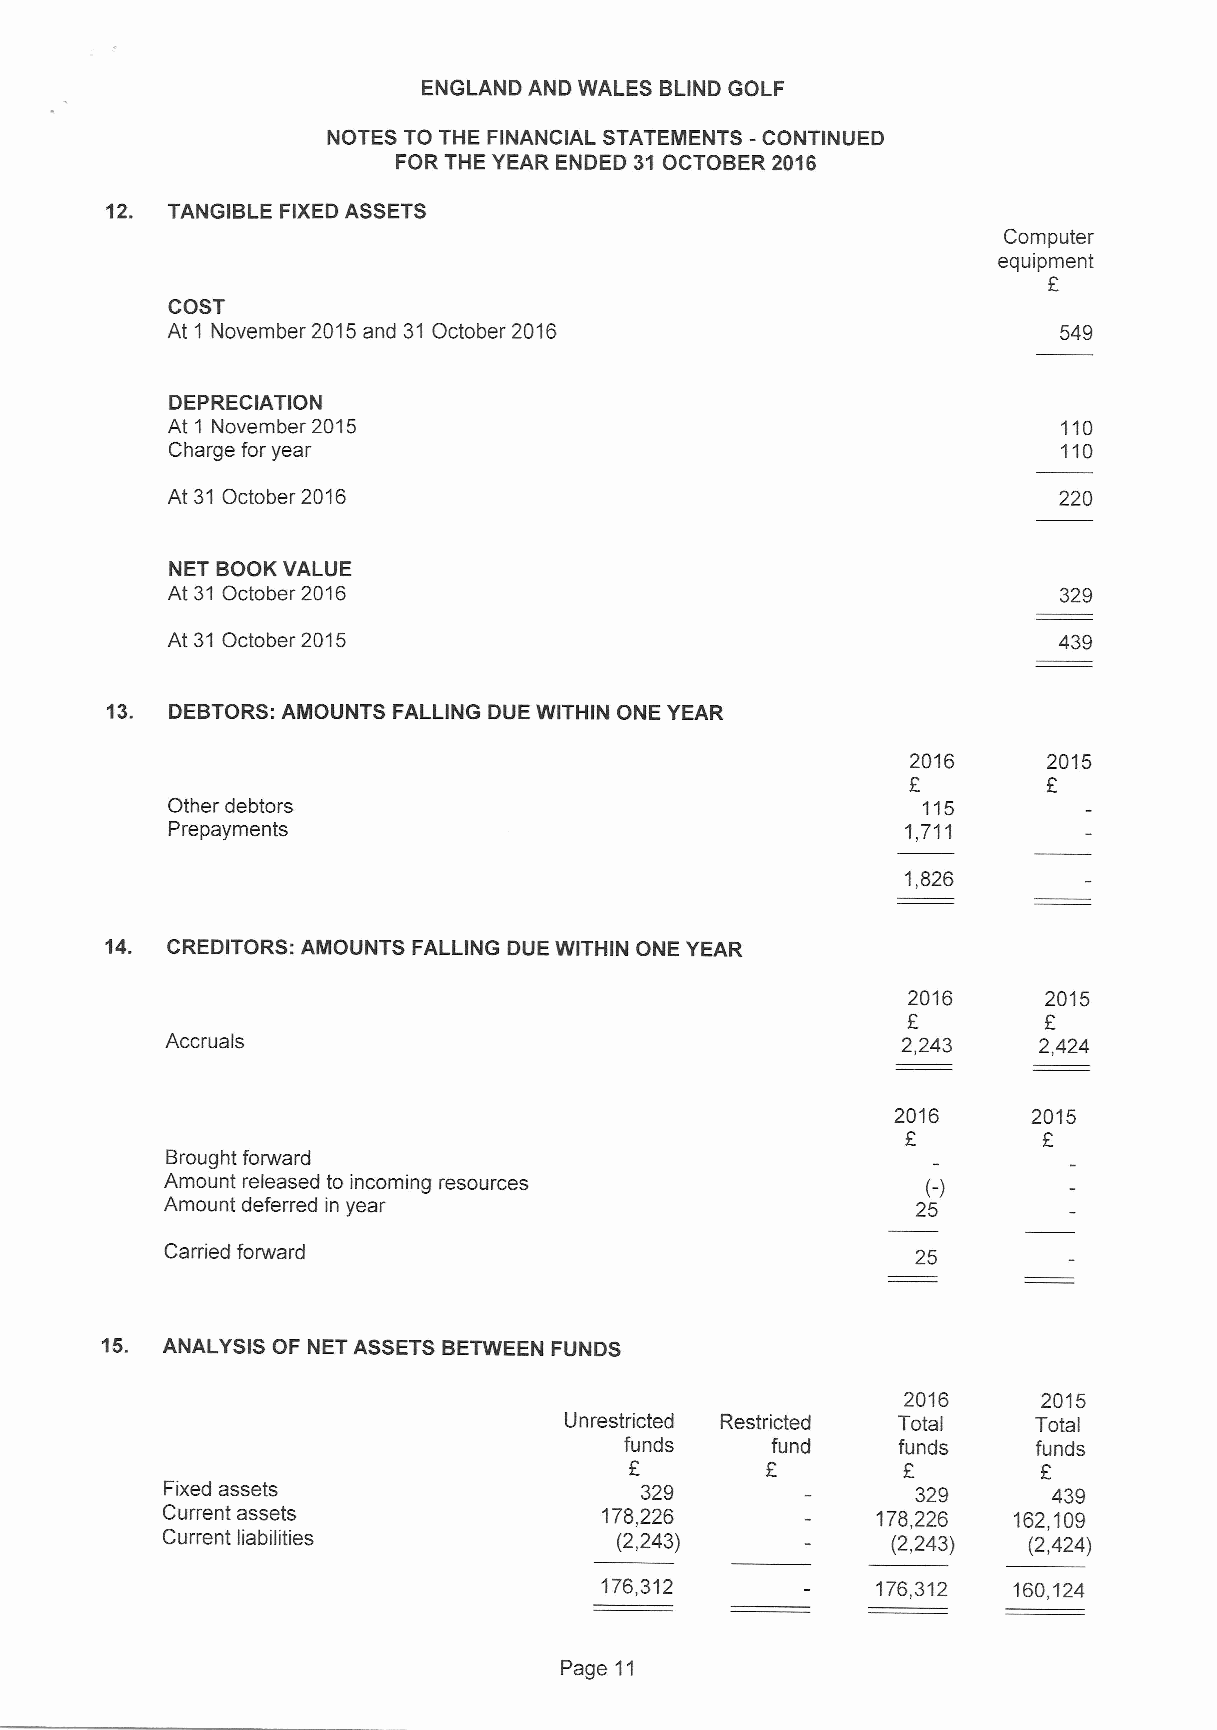
ENGLAND AND WALES BLIND GOLF
 NOTES TO THE FINANCIAL STATEMENTS - CONTINUED
 FOR THE YEAR ENDED 31 OCTOBER 2016
 12. TANGIBLE FIXEDASSETS
 Computer
 equipment
 E
 COST
 At 1 November 2015and 31 October 2016                      549
 DEPRECIATION
 At 1 November 2015                                         110
 Charge for year                                            110
 At 31 October 2016                                         220
 NET BOOK VALUE
 At 31 October 2016                                         329
 At 31 October 2015                                         439
 13. DEBTORS:AMOUNTS FALLING DUE WITHIN ONE YEAR
 2016     2015
 Other debtors                                     115
 Prepayments                                      1,711
 1,826
 14. CREDITORS: AMOUNTS FALLING DUE WITHIN ONE YEAR
 2016     2015
 E
 Accruals                                         2,243    2,424
 2016     2015
 Brought forward
 Amount released to incoming resources             (-)
 Amount deferred in year                           25
 Carried forward                                   25
 15. ANALYSIS OF NET ASSETS BETWEEN FUNDS
 2016     2015
 Unrestricted Restricted Total   Total
 funds     fund    funds     funds
 E        E                 E
 Fixed assets                   329                329      439
 Current assets               178,226           1?8,226  162,109
 Current liabilities           (2,243)           (2,243)  (2,424)
 176,312           176,312  160,124
 Page 11